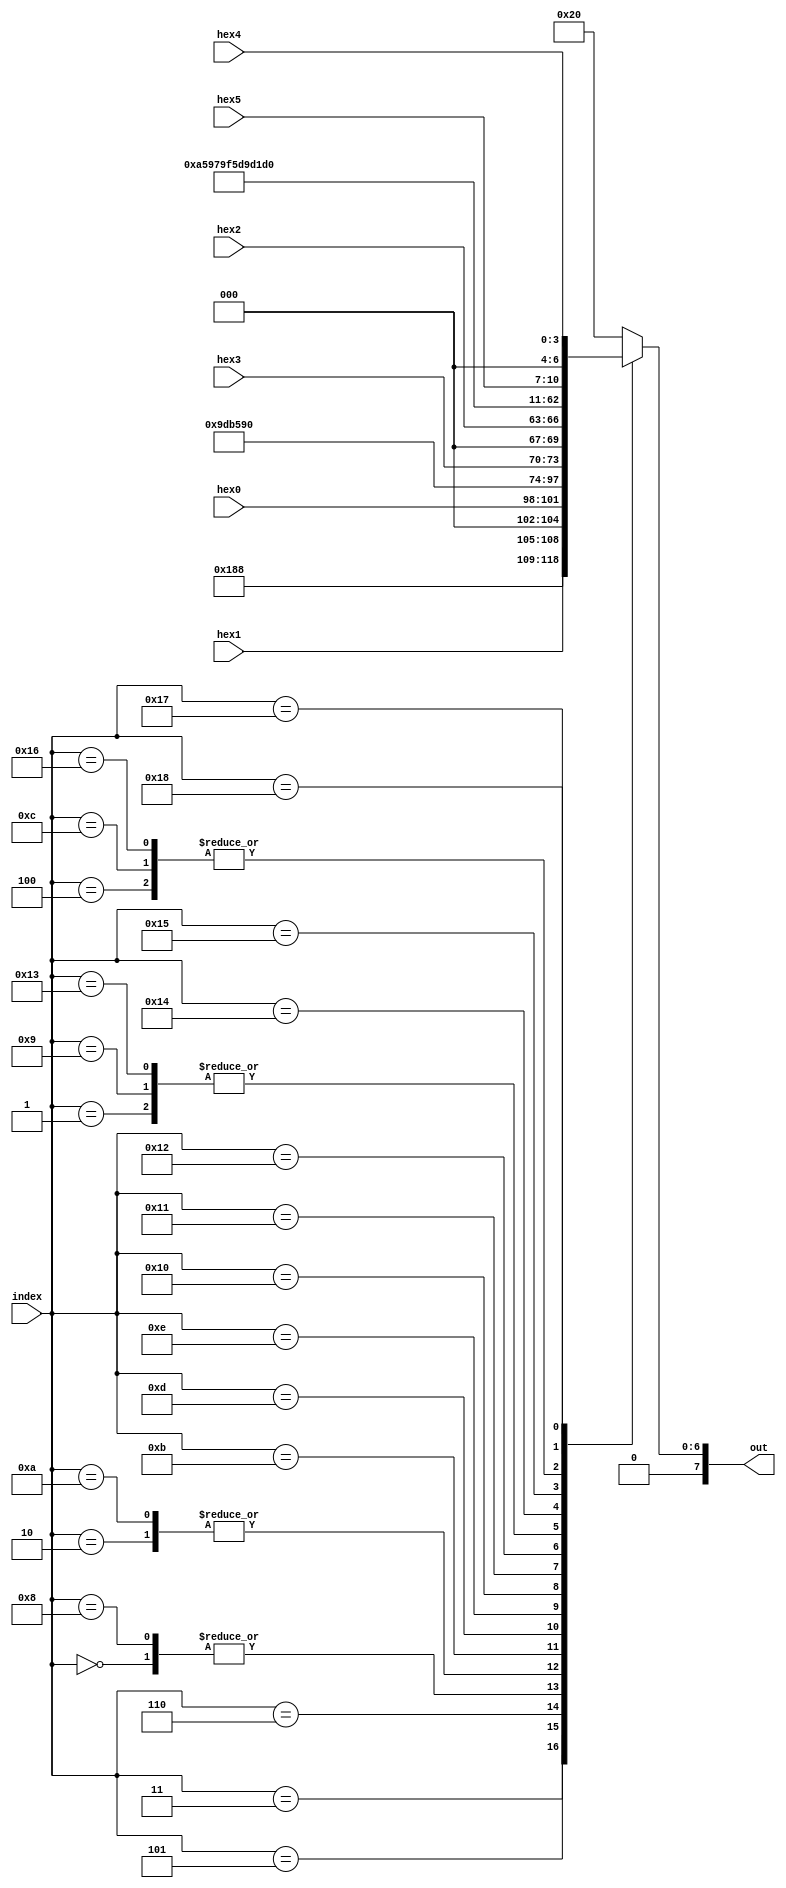
module LCD_display_string(index,out,hex5,hex4,hex3,hex2,hex1,hex0);
input [4:0] index;
input [3:0] hex0,hex1,hex2,hex3,hex4,hex5;
output [7:0] out;
reg [7:0] out;
// ASCII hex values for LCD Display
// Enter Live Hex Data Values from hardware here
// LCD DISPLAYS THE FOLLOWING:
//----------------------------
//| Count=XX                  |
//| DE2                       |
//----------------------------
// Line 1
   always 
     case (index)
	5'h00: out <= 8'h4E;//N
	5'h01: out <= 8'h75;//u
	5'h02: out <= 8'h6D;//m
	5'h03: out <= 8'h31;//1
	5'h04: out <= 8'h3A;//:
	5'h05: out <= {4'h0,hex1};//X
	5'h06: out <= {4'h0,hex0};//X
	5'h07: out <= 8'h20;//espaço
	5'h08: out <= 8'h4E;//N
	5'h09: out <= 8'h75;//u
	5'h0A: out <= 8'h6D;//m
	5'h0B: out <= 8'h32;//2
	5'h0C: out <= 8'h3A;//:
	5'h0D: out <= {4'h0,hex3};//X
	5'h0E: out <= {4'h0,hex2};//X
// Line 2
	5'h10: out <= 8'h52;//R
	5'h11: out <= 8'h65;//e
	5'h12: out <= 8'h73;//s
	5'h13: out <= 8'h75;//u
	5'h14: out <= 8'h6C;//l
	5'h15: out <= 8'h74;//t
	5'h16: out <= 8'h3A;//:
	5'h17: out <= {4'h0,hex5};//X
	5'h18: out <= {4'h0,hex4};//X
	default: out <= 8'h20;
     endcase
endmodule